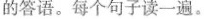
的答语。每个句子读一遍。